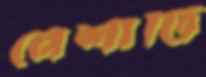
নেশাটি